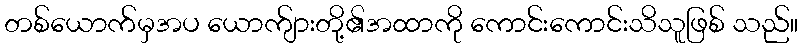
တစ်ယောက်မှအပ ယောက်ျားတို့၏အထာကို ကောင်းကောင်းသိသူဖြစ် သည်။